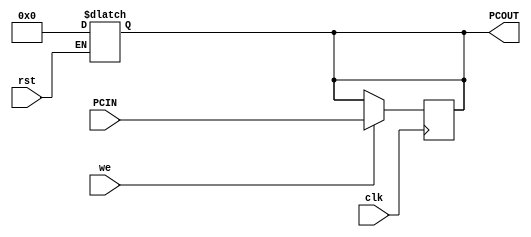
`timescale 1ns / 1ps
//////////////////////////////////////////////////////////////////////////////////
// Company: 
// Engineer: 
// 
// Design Name: 
// Module Name: pc_counter
// Project Name: 
// Target Devices: 
// Tool Versions: 
// Description: 
// 
// Dependencies: 
// 
// Revision:
// Revision 0.01 - File Created
// Additional Comments:
// 
//////////////////////////////////////////////////////////////////////////////////


module pc_counter #(parameter ADDRESS = 32)
                   (input wire [ADDRESS - 1 : 0] PCIN,
                    input clk, rst, we,
                    output reg [ADDRESS - 1 : 0] PCOUT);
                    
    always @ (rst) begin
        if (rst)
            PCOUT <= 0;
    end
    always @ (posedge clk) begin
        if (we)
            PCOUT <= PCIN;
    end
endmodule